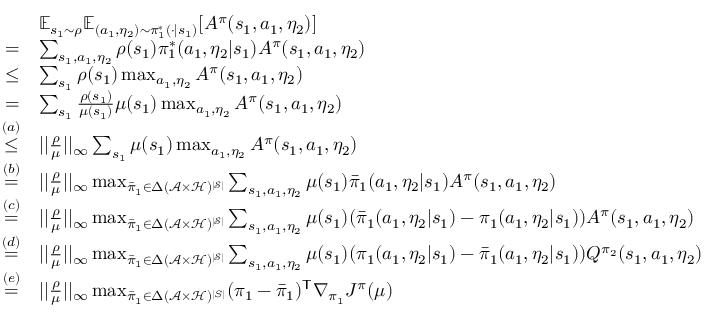
\begin{array} { r l } & { \mathbb { E } _ { s _ { 1 } \sim \rho } \mathbb { E } _ { ( a _ { 1 } , \eta _ { 2 } ) \sim \pi _ { 1 } ^ { * } ( \cdot | s _ { 1 } ) } [ A ^ { \pi } ( s _ { 1 } , a _ { 1 } , \eta _ { 2 } ) ] } \\ { = } & { \sum _ { s _ { 1 } , a _ { 1 } , \eta _ { 2 } } \rho ( s _ { 1 } ) \pi _ { 1 } ^ { * } ( a _ { 1 } , \eta _ { 2 } | s _ { 1 } ) A ^ { \pi } ( s _ { 1 } , a _ { 1 } , \eta _ { 2 } ) } \\ { \le } & { \sum _ { s _ { 1 } } \rho ( s _ { 1 } ) \operatorname* { m a x } _ { a _ { 1 } , \eta _ { 2 } } A ^ { \pi } ( s _ { 1 } , a _ { 1 } , \eta _ { 2 } ) } \\ { = } & { \sum _ { s _ { 1 } } \frac { \rho ( s _ { 1 } ) } { \mu ( s _ { 1 } ) } \mu ( s _ { 1 } ) \operatorname* { m a x } _ { a _ { 1 } , \eta _ { 2 } } A ^ { \pi } ( s _ { 1 } , a _ { 1 } , \eta _ { 2 } ) } \\ { \overset { ( a ) } { \le } } & { | | \frac { \rho } { \mu } | | _ { \infty } \sum _ { s _ { 1 } } \mu ( s _ { 1 } ) \operatorname* { m a x } _ { a _ { 1 } , \eta _ { 2 } } A ^ { \pi } ( s _ { 1 } , a _ { 1 } , \eta _ { 2 } ) } \\ { \overset { ( b ) } { = } } & { | | \frac { \rho } { \mu } | | _ { \infty } \operatorname* { m a x } _ { \bar { \pi } _ { 1 } \in { \Delta } ( \mathcal { A } \times \mathcal { H } ) ^ { | \mathcal { S } | } } \sum _ { s _ { 1 } , a _ { 1 } , \eta _ { 2 } } \mu ( s _ { 1 } ) \bar { \pi } _ { 1 } ( a _ { 1 } , \eta _ { 2 } | s _ { 1 } ) A ^ { \pi } ( s _ { 1 } , a _ { 1 } , \eta _ { 2 } ) } \\ { \overset { ( c ) } { = } } & { | | \frac { \rho } { \mu } | | _ { \infty } \operatorname* { m a x } _ { \bar { \pi } _ { 1 } \in { \Delta } ( \mathcal { A } \times \mathcal { H } ) ^ { | \mathcal { S } | } } \sum _ { s _ { 1 } , a _ { 1 } , \eta _ { 2 } } \mu ( s _ { 1 } ) ( \bar { \pi } _ { 1 } ( a _ { 1 } , \eta _ { 2 } | s _ { 1 } ) - \pi _ { 1 } ( a _ { 1 } , \eta _ { 2 } | s _ { 1 } ) ) A ^ { \pi } ( s _ { 1 } , a _ { 1 } , \eta _ { 2 } ) } \\ { \overset { ( d ) } { = } } & { | | \frac { \rho } { \mu } | | _ { \infty } \operatorname* { m a x } _ { \bar { \pi } _ { 1 } \in { \Delta } ( \mathcal { A } \times \mathcal { H } ) ^ { | \mathcal { S } | } } \sum _ { s _ { 1 } , a _ { 1 } , \eta _ { 2 } } \mu ( s _ { 1 } ) ( \pi _ { 1 } ( a _ { 1 } , \eta _ { 2 } | s _ { 1 } ) - \bar { \pi } _ { 1 } ( a _ { 1 } , \eta _ { 2 } | s _ { 1 } ) ) Q ^ { \pi _ { 2 } } ( s _ { 1 } , a _ { 1 } , \eta _ { 2 } ) } \\ { \overset { ( e ) } { = } } & { | | \frac { \rho } { \mu } | | _ { \infty } \operatorname* { m a x } _ { \bar { \pi } _ { 1 } \in { \Delta } ( \mathcal { A } \times \mathcal { H } ) ^ { | S | } } ( \pi _ { 1 } - \bar { \pi } _ { 1 } ) ^ { \mathsf T } \nabla _ { \pi _ { 1 } } J ^ { \pi } ( \mu ) } \end{array}